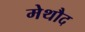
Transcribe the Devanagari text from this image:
मेथौद